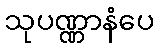
သုပဏ္ဏာနံပေ